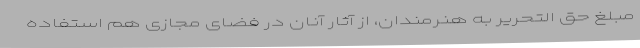
مبلغ حق التحریر به هنرمندان، از آثار آنان در فضای مجازی هم استفاده